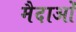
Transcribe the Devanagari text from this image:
मैदाओं